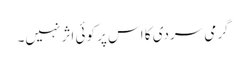
گرمی سردی کا اس پر کوئی اثر نہیں۔